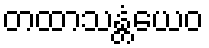
တထာသန္တံယေဝ